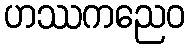
ဟဿကညေဝ